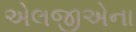
એલજીએના